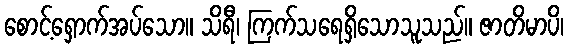
စောင့်ရှောက်အပ်သော။ သိရီ၊ ကြက်သရေရှိသောသူသည်။ ဇာတိမာပိ၊